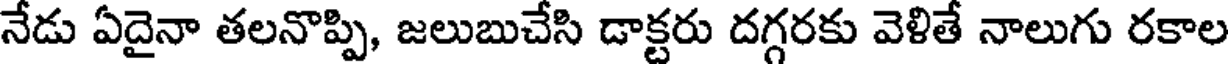
నేడు ఏదైనా తలనొప్పి, జలుబుచేసి డాక్టరు దగ్గరకు వెళితే నాలుగు రకాల